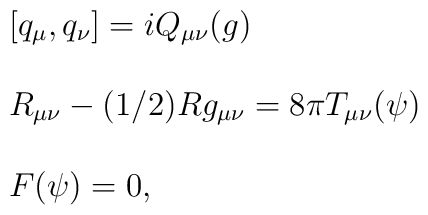
\left. \begin{array}{l}\left[ q_\mu  ,q_\nu  \right]       =  i Q_{\mu \nu}   (g) \\ {} \\R_{\mu \nu}  - (1/2)Rg_{\mu \nu}   =  8 \pi  T_{\mu \nu}  (\psi) \\ {} \\F(\psi ) =  0,\end{array}\right.